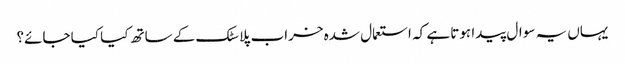
یہاں یہ سوال پیدا ہوتا ہے کہ استعمال شدہ خراب پلاسٹک کے ساتھ کیا کیا جائے؟